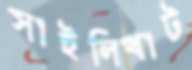
সাইলিখাট